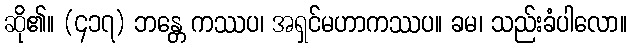
ဆို၏။ (၄၁၇) ဘန္တေ ကဿပ၊ အရှင်မဟာကဿပ။ ခမ၊ သည်းခံပါလော။